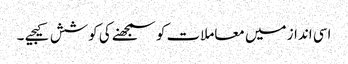
اسی انداز میں معاملات کو سمجھنے کی کوشش کیجیے ۔